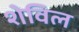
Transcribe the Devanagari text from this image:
शेविल